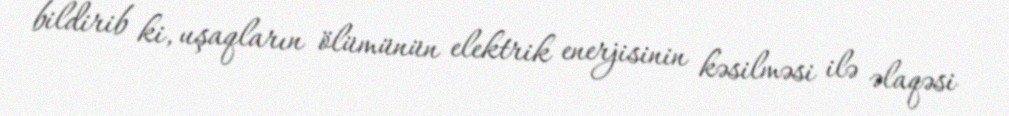
bildirib ki, uşaqların ölümünün elektrik enerjisinin kəsilməsi ilə əlaqəsi